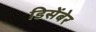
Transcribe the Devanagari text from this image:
डिसेंबेर